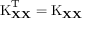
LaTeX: \operatorname { K } _ { \mathbf { X } \mathbf { X } } ^ { \mathrm { { T } } } = \operatorname { K } _ { \mathbf { X } \mathbf { X } }